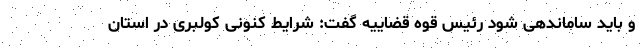
و باید ساماندهی شود رئیس قوه قضاییه گفت: شرایط کنونی کولبری در استان